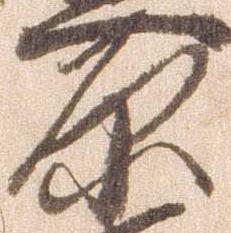
原